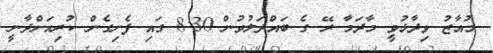
މުއާޒު ވިދާޅުވީ މާދަމާ ރޭ ގެ ބައްދަލުވުން 8:30 ގައި ފެށިގެން ކުރިއަށްދާނީ